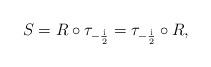
LaTeX: \begin{align*}S=R\circ \tau_{-\frac{\mathrm i}{2}}= \tau_{-\frac{\mathrm i}{2}} \circ R,\end{align*}